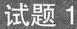
试题1